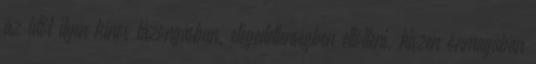
az időt ilyen kínos lázongásban, elégedetlenségben eltölteni, hiszen önmagában